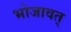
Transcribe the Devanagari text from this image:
भोजावत्